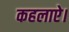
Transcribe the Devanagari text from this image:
कहलाऐ।